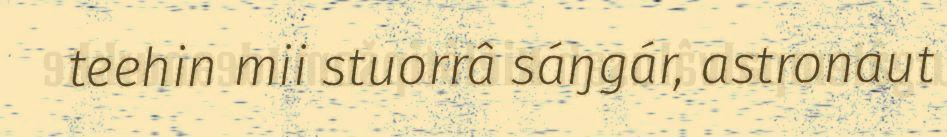
teehin mii stuorrâ sáŋgár, astronaut